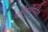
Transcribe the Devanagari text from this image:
वर्षांपुर्वीपर्यंत